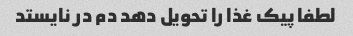
لطفا پیک غذا را تحویل دهد دم در نایستد